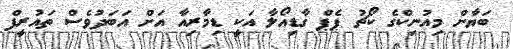
ބަޔާން މިއުނިކްގެ ކޯޗު ޕެޕް ގާޑިއޯލާ އަކީ ޑިމާރިއާ އަށް އަބަދުވެސް ތައުރީފް